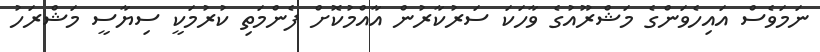
ނަމަވެސް އައިހެވަންގެ މަޝްރޫއުގެ ވާހަކަ ސަރުކާރުން އާއްމުކޮށް ފެންމަތި ކުރުމަކީ ސިޔާސީ މަޝްރަހު